Civil Veterinary Dept. Bombay admin report 1923-31 - 1923-1931
Year: 1923
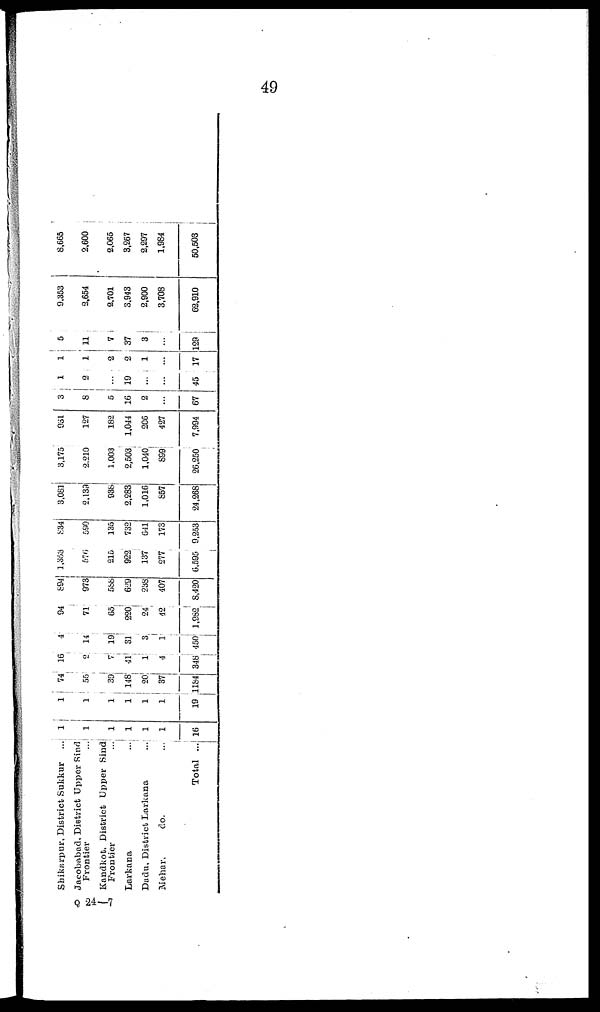
49
Shikarpur, District Sukkur
...
Jacobabad, District Upper Sind
Frontier ...
Kandkot, District Upper Sind
Frontier
...
Larkana
...
Dadu, District Larkana
...
Mehar,
do. ...
Total ...
1
1
1
1
1
1
16
1
1
1
1
1
1
19
74
55
30
148
20
37
1184
16
2
7
41
1
4
348
4
14
19
31
3
1
450
94
71
65
220
24
42
1,982
894
973
588
629
238
407
8,420
1,353
576
215
922
137
277
6,595
834
590
135
732
641
173
9,253
3,081
2,139
938
2,283
1,016
857
24,268
3,175
2,210
1,003
2,503
1,040
899
26,250
931
127
182
1,044
206
427
7,994
3
8
5
16
2
...
67
1
9
...
19
...
...
45
1
1
2
2
1
...
17
5
11
7
37
3
...
129
9,353
2,654
2,701
3,943
2,900
3,708
62,910
8,665
2,600
2,065
3,267
2,297
1,984
50,503
Q 24—7